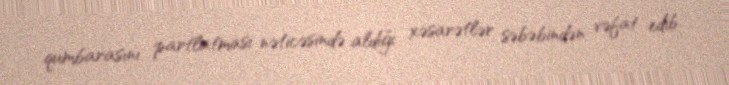
qumbarasını partlatması nəticəsində aldığı xəsarətlər səbəbindən vəfat edib.